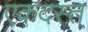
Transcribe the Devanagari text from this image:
एकदस्त